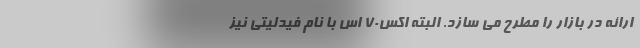
ارائه در بازار را مطرح می سازد. البته اکس70 اس با نام فیدلیتی نیز